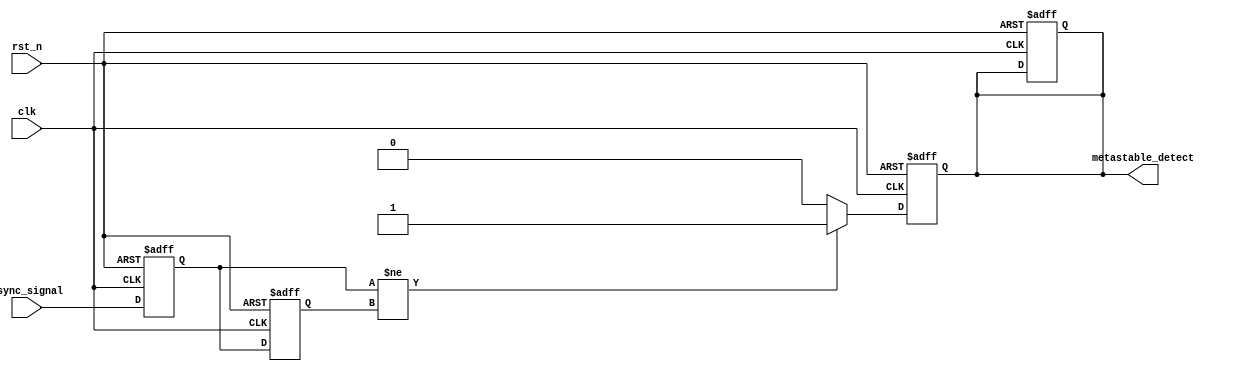
module metastability_detector (
    input wire clk,             // Clock signal
    input wire rst_n,           // Active-low reset signal
    input wire async_signal,     // Asynchronous input signal
    output reg metastable_detect // Metastability detection output
);

    // Synchronizer flip-flops
    reg sync_ff1;  // First flip-flop
    reg sync_ff2;  // Second flip-flop

    // Internal signals for metastability detection
    reg stable_ff1; // Stable output of the first flip-flop

    // Sequential logic for synchronizing the asynchronous signal
    always @(posedge clk or negedge rst_n) begin
        if (!rst_n) begin
            sync_ff1 <= 1'b0;
            sync_ff2 <= 1'b0;
            stable_ff1 <= 1'b0;
            metastable_detect <= 1'b0;
        end else begin
            sync_ff1 <= async_signal;      // Sample input signal
            sync_ff2 <= sync_ff1;          // Sample output of the first flip-flop
            stable_ff1 <= sync_ff1;        // Capture stable output of the first flip-flop
        end
    end

    // Metastability detection logic
    always @(posedge clk or negedge rst_n) begin
        if (!rst_n) begin
            metastable_detect <= 1'b0;
        end else begin
            // Check if the first flip-flop output is stable
            if (sync_ff1 != stable_ff1) begin
                metastable_detect <= 1'b1; // Metastability detected
            end else begin
                metastable_detect <= 1'b0; // No metastability
            end
        end
    end

endmodule